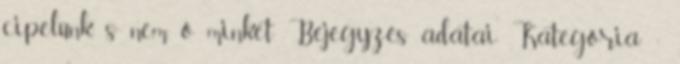
cipelünk, s nem ő minket Bejegyzés adatai Kategória: :